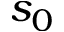
s _ { 0 }